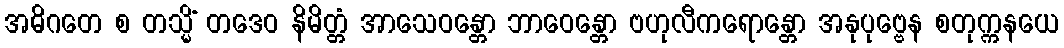
အဓိဂတေ စ တသ္မိံ တဒေဝ နိမိတ္တံ အာသေဝန္တော ဘာဝေန္တော ဗဟုလီကရောန္တော အနုပုဗ္ဗေန စတုက္ကနယေ